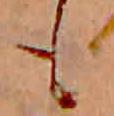
も